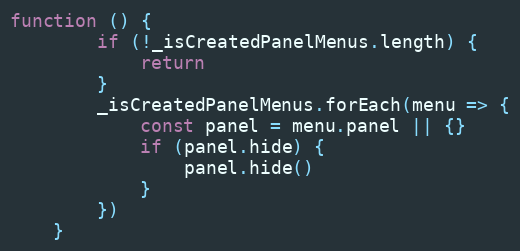
Language: JavaScript
function () {
        if (!_isCreatedPanelMenus.length) {
            return
        }
        _isCreatedPanelMenus.forEach(menu => {
            const panel = menu.panel || {}
            if (panel.hide) {
                panel.hide()
            }
        })
    }